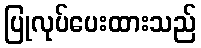
ပြုလုပ်ပေးထားသည်